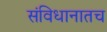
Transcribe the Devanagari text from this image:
संविधानातच